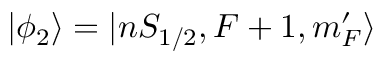
| \phi _ { 2 } \rangle = | n S _ { 1 / 2 } , F + 1 , m _ { F } ^ { \prime } \rangle